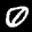
Label: 0